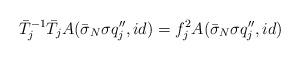
LaTeX: \begin{align*}\bar{T}_j^{-1}\bar{T}_j A(\bar{\sigma}_N\sigma q_j'',id)=f_j^2 A(\bar{\sigma}_N\sigma q_j'',id)\end{align*}